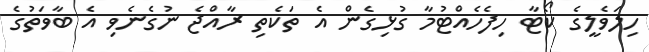
ހިލަވެލީގެ ކޯޓާ ހިފެހެއްޓުމާ ގުޅިގެން އެ ތަކެތި ރާއްޖެ ނުގެނެވި އެ ބާވަތުގެ